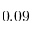
0 . 0 9